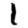
Digit: 1